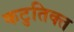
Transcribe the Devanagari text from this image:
कटुतिक्त